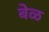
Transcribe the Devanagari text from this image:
बेळ